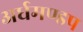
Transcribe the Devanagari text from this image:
अर्धमण्डप